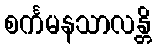
စင်္ကမနသာလန္တိ